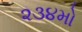
૨૩૪મો